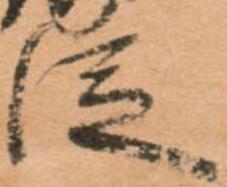
従